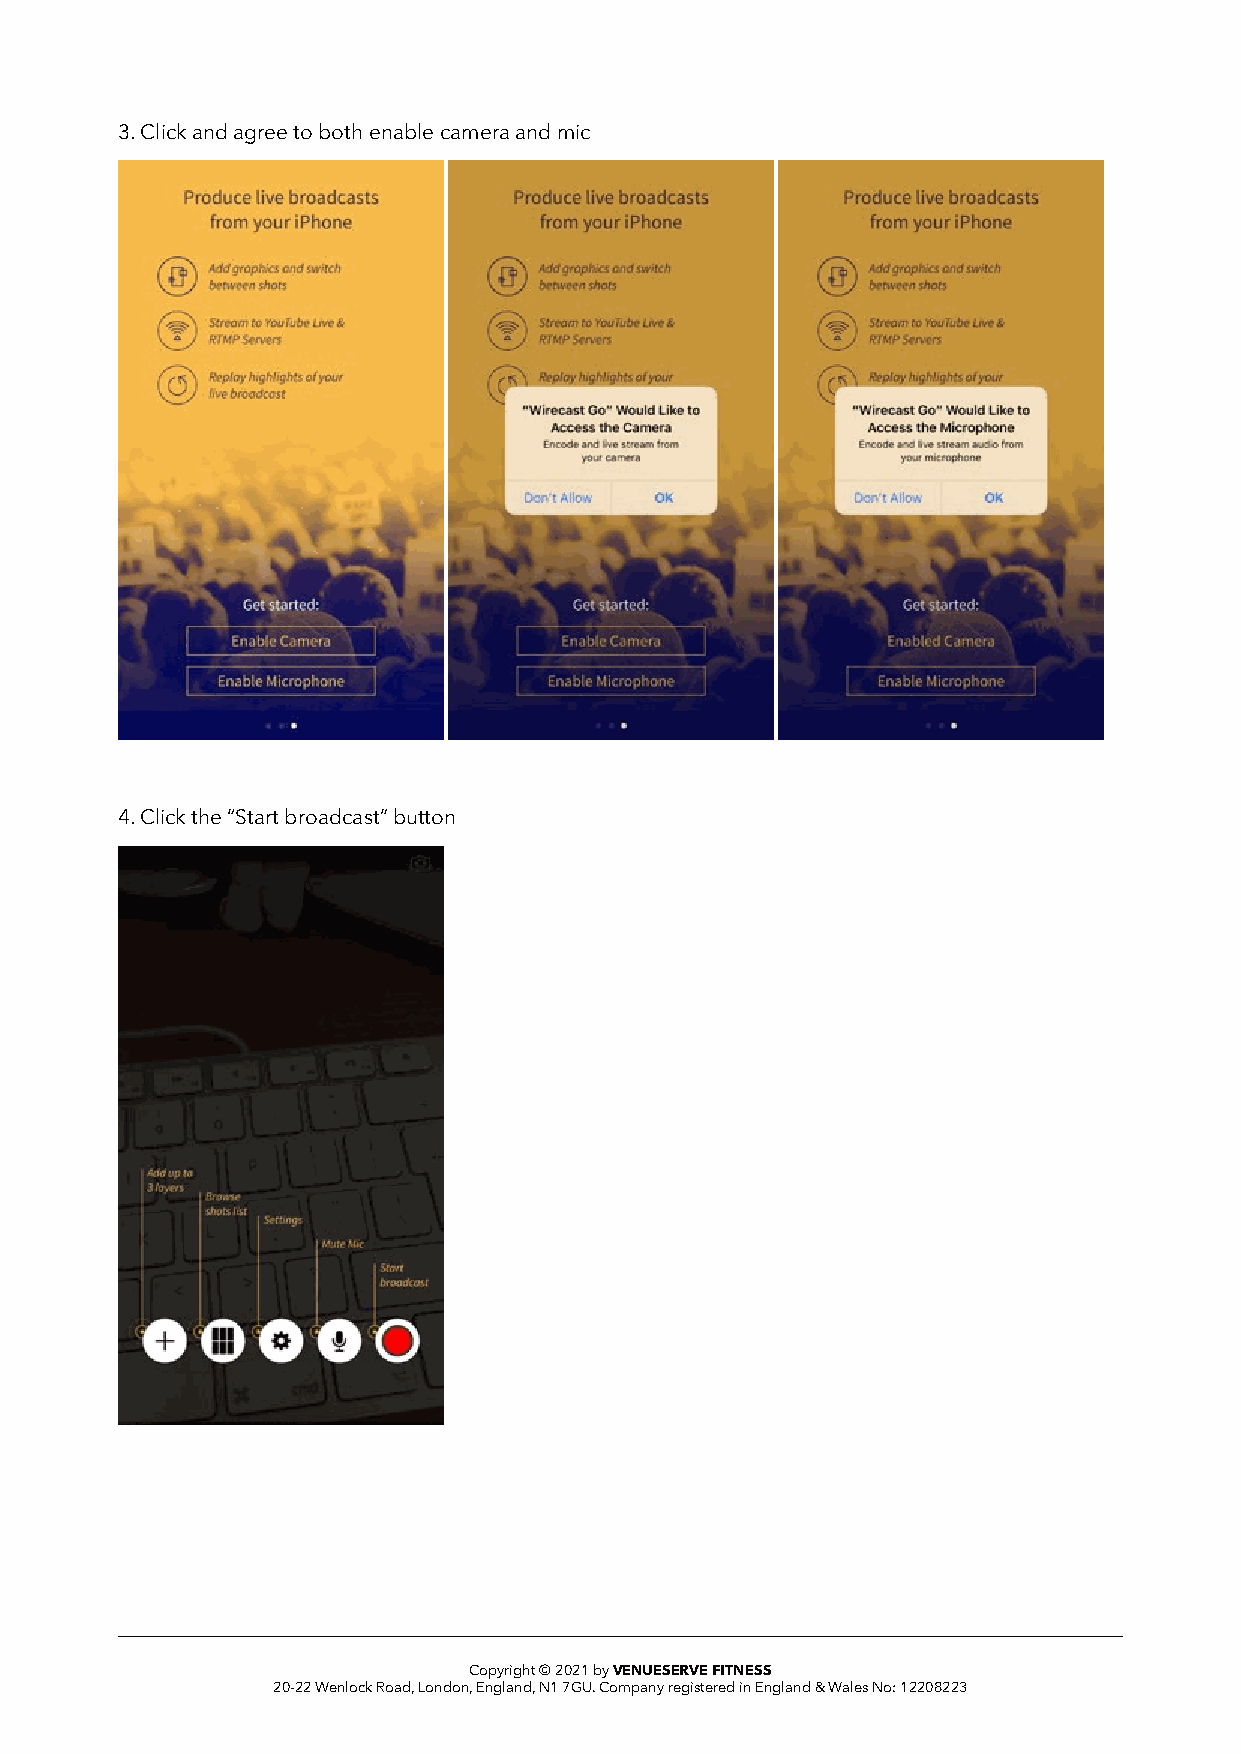
3. Click and agree to both enable camera and mic
 4. Click the “Start broadcast” button
 Copyright © 2021 by VENUESERVE FITNESS
 20-22 Wenlock Road, London, England, N1 7GU. Company registered in England & Wales No: 12208223